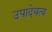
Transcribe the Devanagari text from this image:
उपादेयत्व